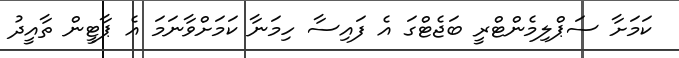
ކަމަށާ ސަޕްލިމެންޓްރީ ބަޖެޓްގަ އެ ފައިސާ ހިމަނާ ކަމަށްވާނަމަ އެ ޕާޓީން ތާއީދު